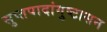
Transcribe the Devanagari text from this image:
सुप्तपादांगुष्टासन